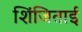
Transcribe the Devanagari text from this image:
शिंजिताई